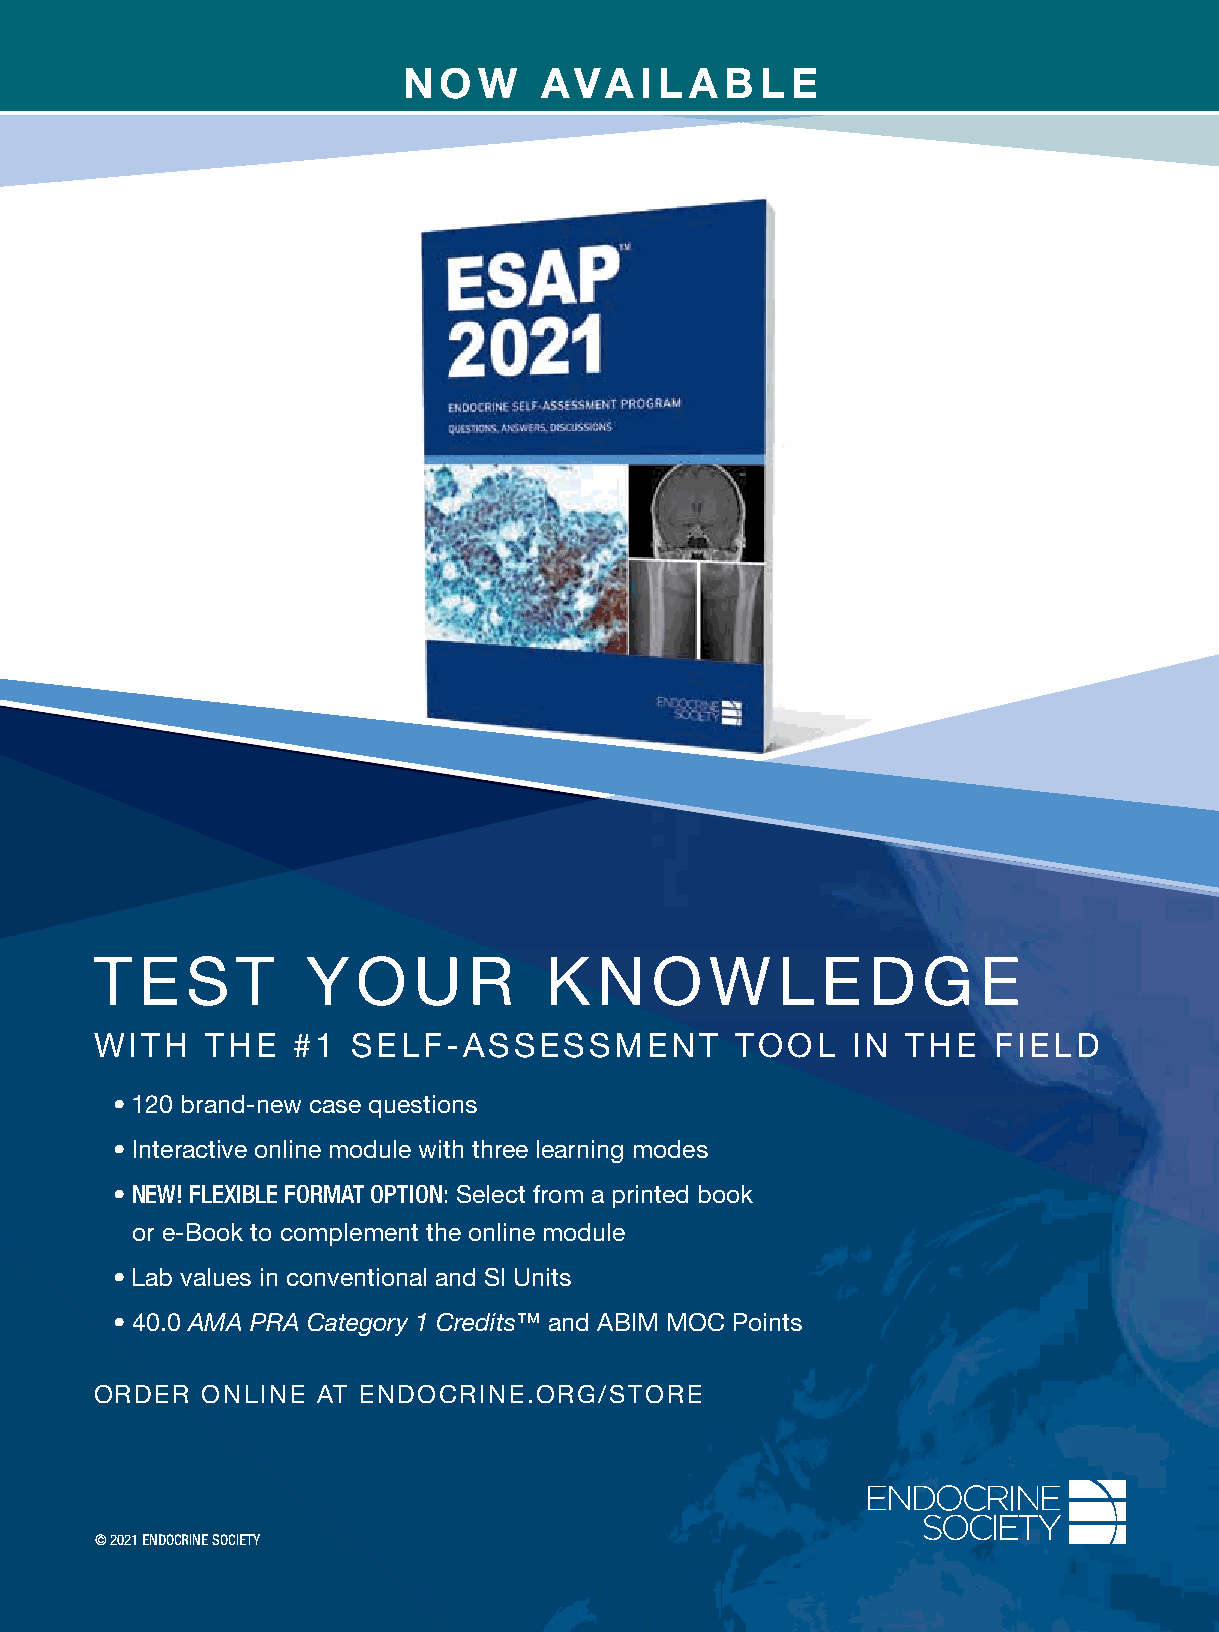
NOW      AVAI    LAB   LE
 T  E  S   T   Y   O  U   R    K   N  O   W   L  E  D   G   E
 WITH    THE  #1  SELF-ASSESSMENT           TOOL   IN  THE   FIELD
 • 120 brand-new case questions
 • Interactive online module with three learning modes
 • NEW! FLEXIBLE FORMAT OPTION: Select from a printed book
 or e-Book to complement the online module
 • Lab values in conventional and SI Units
 • 40.0 AMA PRA Category 1 Credits™ and ABIM MOC Points
 ORDER  ONLINE  AT ENDOCRINE.ORG/STORE
 © 2021 ENDOCRINE SOCIETY
 EESSAAPP__22002211__AADD..iinndddd 11                                    22//22//2211 22::5500 PPMM